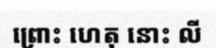
ព្រោះ ហេតុ នោះ លី